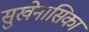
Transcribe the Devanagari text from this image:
सुखेनासिका